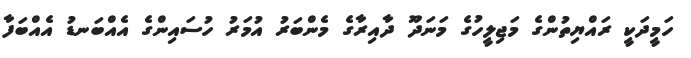
ހަމީދަކީ ރައްޔިތުންގެ މަޖިލީހުގެ މަނަދޫ ދާއިރާގެ މެންބަރު އުމަރު ހުސައިންގެ އެއްބަނޑު އެއްބަފާ